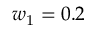
w _ { 1 } = 0 . 2